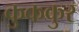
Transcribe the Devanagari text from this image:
कुककुर